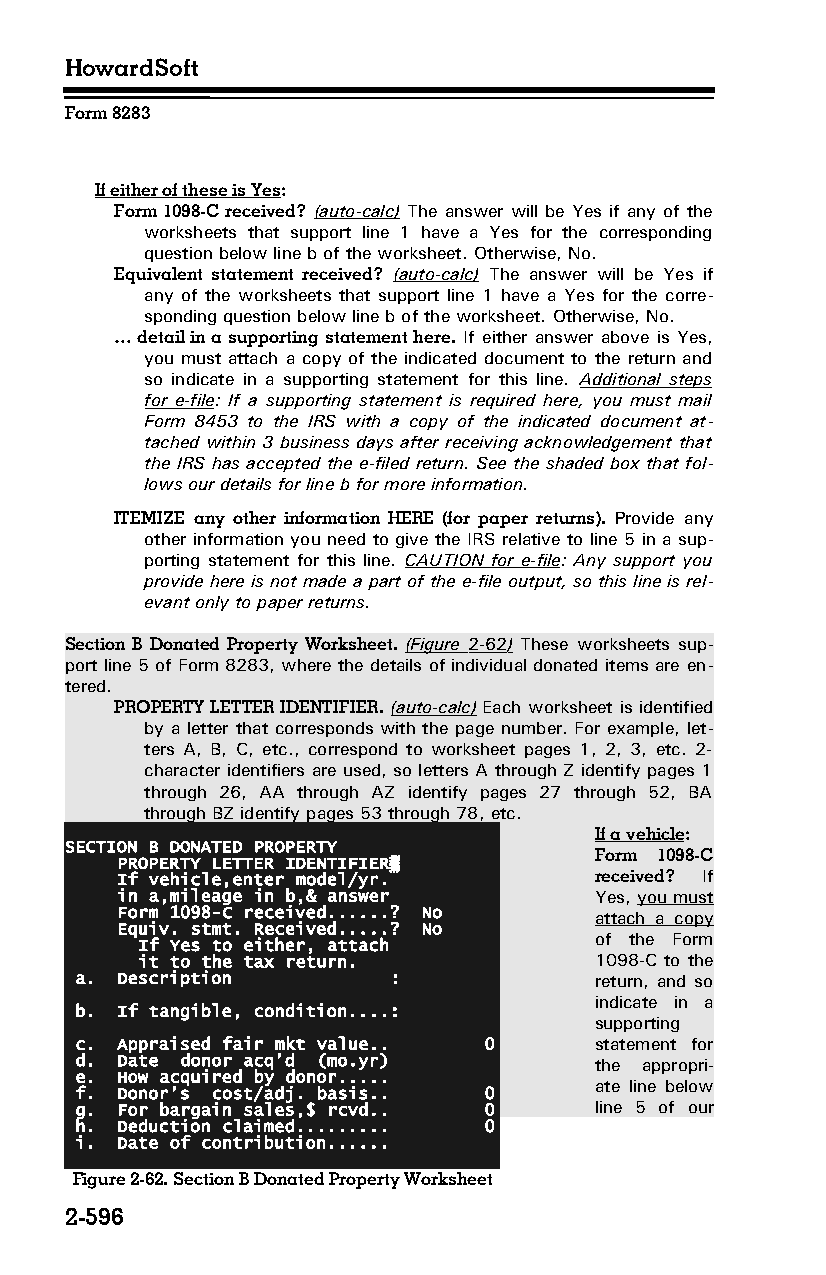
HowardSoft
 Form 8283
 If either of these is Yes:
 Form 1098-C received? (auto-calc) The answer will be Yes if any of the
 worksheets that support line 1 have a Yes for the corresponding
 question below line b of the worksheet. Otherwise, No.
 Equivalent statement received? (auto-calc) The answer will be Yes if
 any of the worksheets that support line 1 have a Yes for the corre­
 sponding question below line b of the worksheet. Otherwise, No.
 … detail in a supporting statement here. If either answer above is Yes,
 you must attach a copy of the indicated document to the return and
 so indicate in a supporting statement for this line. Additional steps
 for e-file: If a supporting statement is required here, you must mail
 Form 8453 to the IRS with a copy of the indicated document at­
 tached within 3 business days after receiving acknowledgement that
 the IRS has accepted the e-filed return. See the shaded box that fol­
 lows our details for line b for more information.
 ITEMIZE any other information HERE (for paper returns). Provide any
 other information you need to give the IRS relative to line 5 in a sup­
 porting statement for this line. CAUTION for e-file: Any support you
 provide here is not made a part of the e-file output, so this line is rel­
 evant only to paper returns.
 Section B Donated Property Worksheet. (Figure 2-62 ) These worksheets sup­
 port line 5 of Form 8283, where the details of individual donated items are en­
 tered.
 PROPERTY LETTER IDENTIFIER. (auto-calc) Each worksheet is identified
 by a letter that corresponds with the page number. For example, let­
 ters A, B, C, etc., correspond to worksheet pages 1, 2, 3, etc. 2-
 character identifiers are used, so letters A through Z identify pages 1
 through 26, AA through AZ identify pages 27 through 52, BA
 through BZ identify pages 53 through 78, etc.
 If a vehicle:
 SECTION B DONATED PROPERTY
 Form 1098-C
 PROPERTY LETTER IDENTIFIER▒
 If vehicle,enter model/yr.     received? If
 in a,mileage in b,& answer     Yes, you must
 Form 1098-C received......? No attach a copy
 Equiv. stmt. Received.....? No
 of the Form
 If Yes to either, attach
 it to the tax return.         1098-C to the
 a. Description       :            return, and so
 indicate in a
 b. If tangible, condition....:
 supporting
 c. Appraised fair mkt value.. 0   statement for
 d. Date donor acq’d (mo.yr)       the appropri­
 e. How acquired by donor.....
 ate line below
 f. Donor’s cost/adj. basis.. 0
 g. For bargain sales,$ rcvd.. 0   line 5 of our
 h. Deduction claimed......... 0
 i. Date of contribution......
 Figure 2-62. Section B Donated Property Worksheet
 2-596